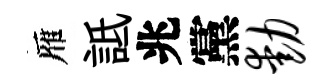
雁詆兆黨动